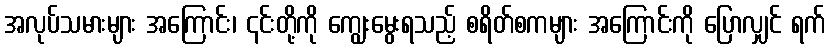
အလုပ်သမားများ အကြောင်း၊ ၎င်းတို့ကို ကျွေးမွေးရသည့် စရိတ်စကများ အကြောင်းကို ပြောလျှင် ရက်